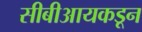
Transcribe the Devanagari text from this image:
सीबीआयकडून